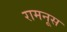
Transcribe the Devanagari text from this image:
रामनूस